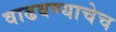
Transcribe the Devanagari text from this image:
वाढवण्याचेच